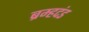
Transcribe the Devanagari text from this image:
ब्रम्हदंड